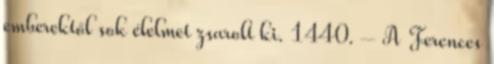
emberektől sok élelmet zsarolt ki. 1440. – A Ferences